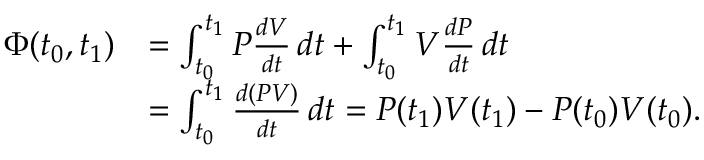
{ \begin{array} { r l } { \Phi ( t _ { 0 } , t _ { 1 } ) } & { = \int _ { t _ { 0 } } ^ { t _ { 1 } } P { \frac { d V } { d t } } \, d t + \int _ { t _ { 0 } } ^ { t _ { 1 } } V { \frac { d P } { d t } } \, d t } \\ & { = \int _ { t _ { 0 } } ^ { t _ { 1 } } { \frac { d ( P V ) } { d t } } \, d t = P ( t _ { 1 } ) V ( t _ { 1 } ) - P ( t _ { 0 } ) V ( t _ { 0 } ) . } \end{array} }